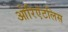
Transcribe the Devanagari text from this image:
ओरिएंटलिस